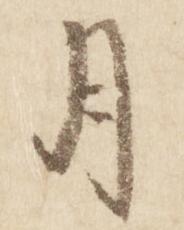
月